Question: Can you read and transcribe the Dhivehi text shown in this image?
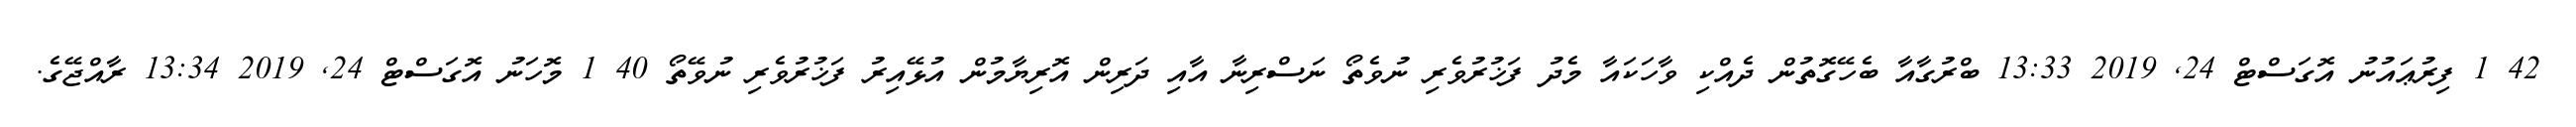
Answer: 42 1 ފިރުޢައުނު އޮގަސްޓް 24, 2019 13:33 ބްރުގާއާ ބެހޭގޮތުން ދެއްކި ވާހަކައާ މެދު ފަޚުރުވެރި ނުވެތޯ ނަސްރިނާ އާއި ދަރިން އޮރިޔާމުން އުޅޭއިރު ފަޚުރުވެރި ނުވޭތޯ 40 1 މޮހަނު އޮގަސްޓް 24, 2019 13:34 ރާއްޖޭގެ.